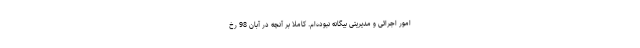
امور اجرائی و مدیریتی بیگانه نبوده‌ام. کاملا بر آنچه‌ در آبان 98 رخ